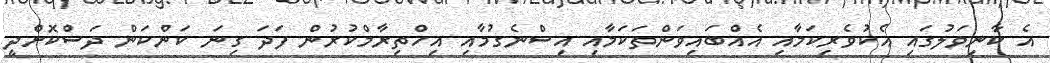
އެ ކާނިވަލުގައި އެކުވެރިކަމާއި އެއްބައިވަންތަކަމާއި އިސްނެގުމާއި އިހްތިރާމްކުރުން ފަދަ ގިނަ ކަންކަން ދަސްކޮށްދީ